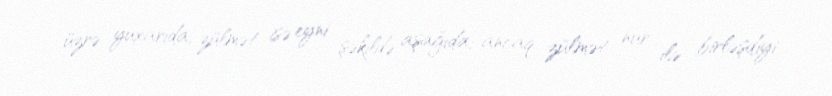
üzrə yuxarıda, zülmət isə eyni şəkildə aşağıda; ancaq zülmət nur ilə birləşdiyi